Annual report on the working of the Harcourt Butler Institute of Public Health, Rangoon
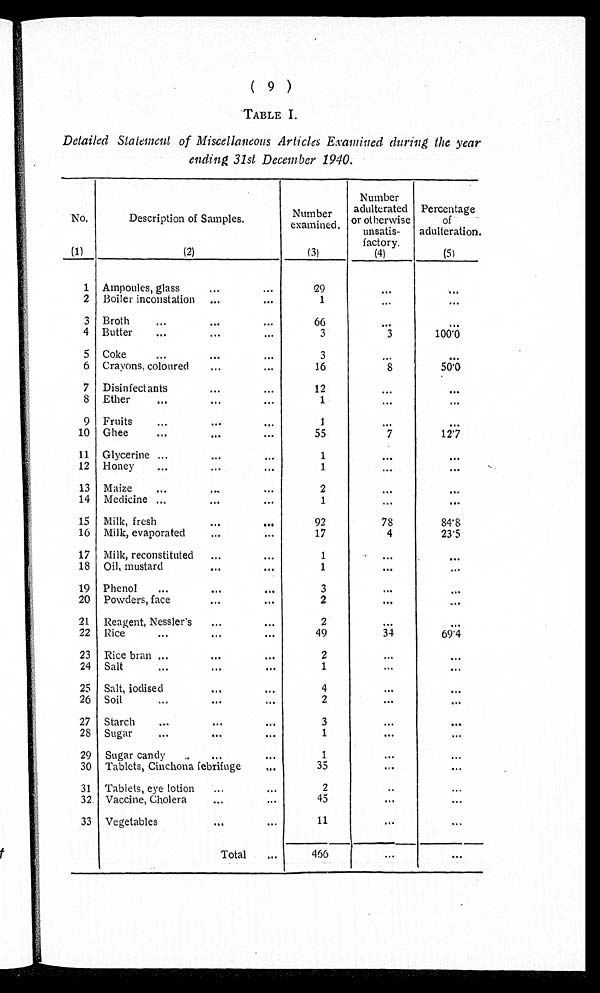
(9)
TABLE I.
Detailed Statement of Miscellaneous Articles Examined during the year
ending 31st December 1940.
No.
Description of Samples.
Number
examined.
Number
adulterated
or otherwise
unsatis
factory.
Percentage
of
adulteration.
(1)
(2)
(3)
(4)
(5)
1 Ampoules, glass
29
. . .
. . .
2 Boiler inconstation
1
. . .
. . .
3 Broth
66
. . .
. . .
4 Butter
3
3
1 0 0 . 0
5 Coke
3
. . .
. . .
6 Crayons, coloured
16
8
5 0 . 0
7 Disinfectants
12
. . .
. . .
8 Ether
1
. . .
. . .
9 Fruits
1 . . .
. . .
10 Ghee
55
7
12.7
11 Glycerine
1
. . .
. . .
12 Honey
1
. . . ...
13 Maize
2
. . . ...
14 Medicine
1
. . .
. . .
15 Milk, fresh
92
78
84.8
16 Milk, evaporated
17
4
23.5
17 Milk, reconstituted
1
. . .
. . .
18 Oil, mustard
1
. . .
. . .
19 Phenol
3
. . .
. . .
20 Powders, face
2
. . .
. . .
21 Reagent, Nessler's
2
. . .
. . .
22 Rice
49
34
69.4
23 Rice bran
2
. . .
. . .
24 Salt
1
. . .
. . .
25 Salt, iodised
4
. . .
. . .
26 Soil
2
. . .
. . .
27 Starch
3
. . .
. . .
28 Sugar
1
. . .
. . .
29 Sugar candy
1
. . . ...
30 Tablets, Cinchona febrifuge
35
. . . ...
31 Tablets, eye lotion
2
. . .
. . .
32. Vaccine, Cholera
45
. . .
. . .
33 Vegetables
11
. . .
. . .
Total
466
. . .
. . .